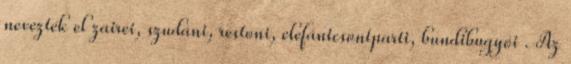
nevezték el zairei, szudáni, restoni, elefántcsontparti, bundibugyói . Az